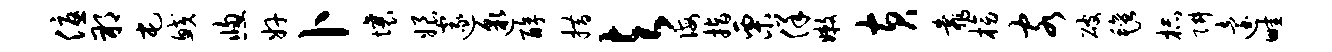
优朔屯鲛窗奸卜壤娘邃邈醇措与诲指栗佯嫩黄靠榜客破毡杯阱迨畦